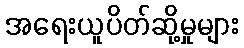
အရေးယူပိတ်ဆို့မှုများ